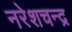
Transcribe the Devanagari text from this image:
नरेशचन्द्र